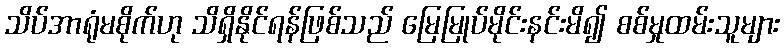
သိပ်အာရုံမစိုက်ဟု သိရှိနိုင်ရန်ဖြစ်သည် မြေမြုပ်မိုင်းနင်းမိ၍ စစ်မှုထမ်းသူများ